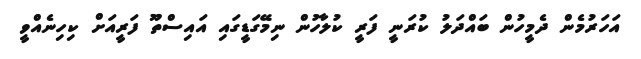
އަހަރުމެން ދެމީހުން ބައްދަލު ކުރަނީ ފަރީ ކުލާހުން ނިމޭގަޑީގައި އައިސްތޫ ފަރީއަށް ކިހިނެއްވީ